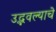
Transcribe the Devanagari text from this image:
उद्भवल्याचे